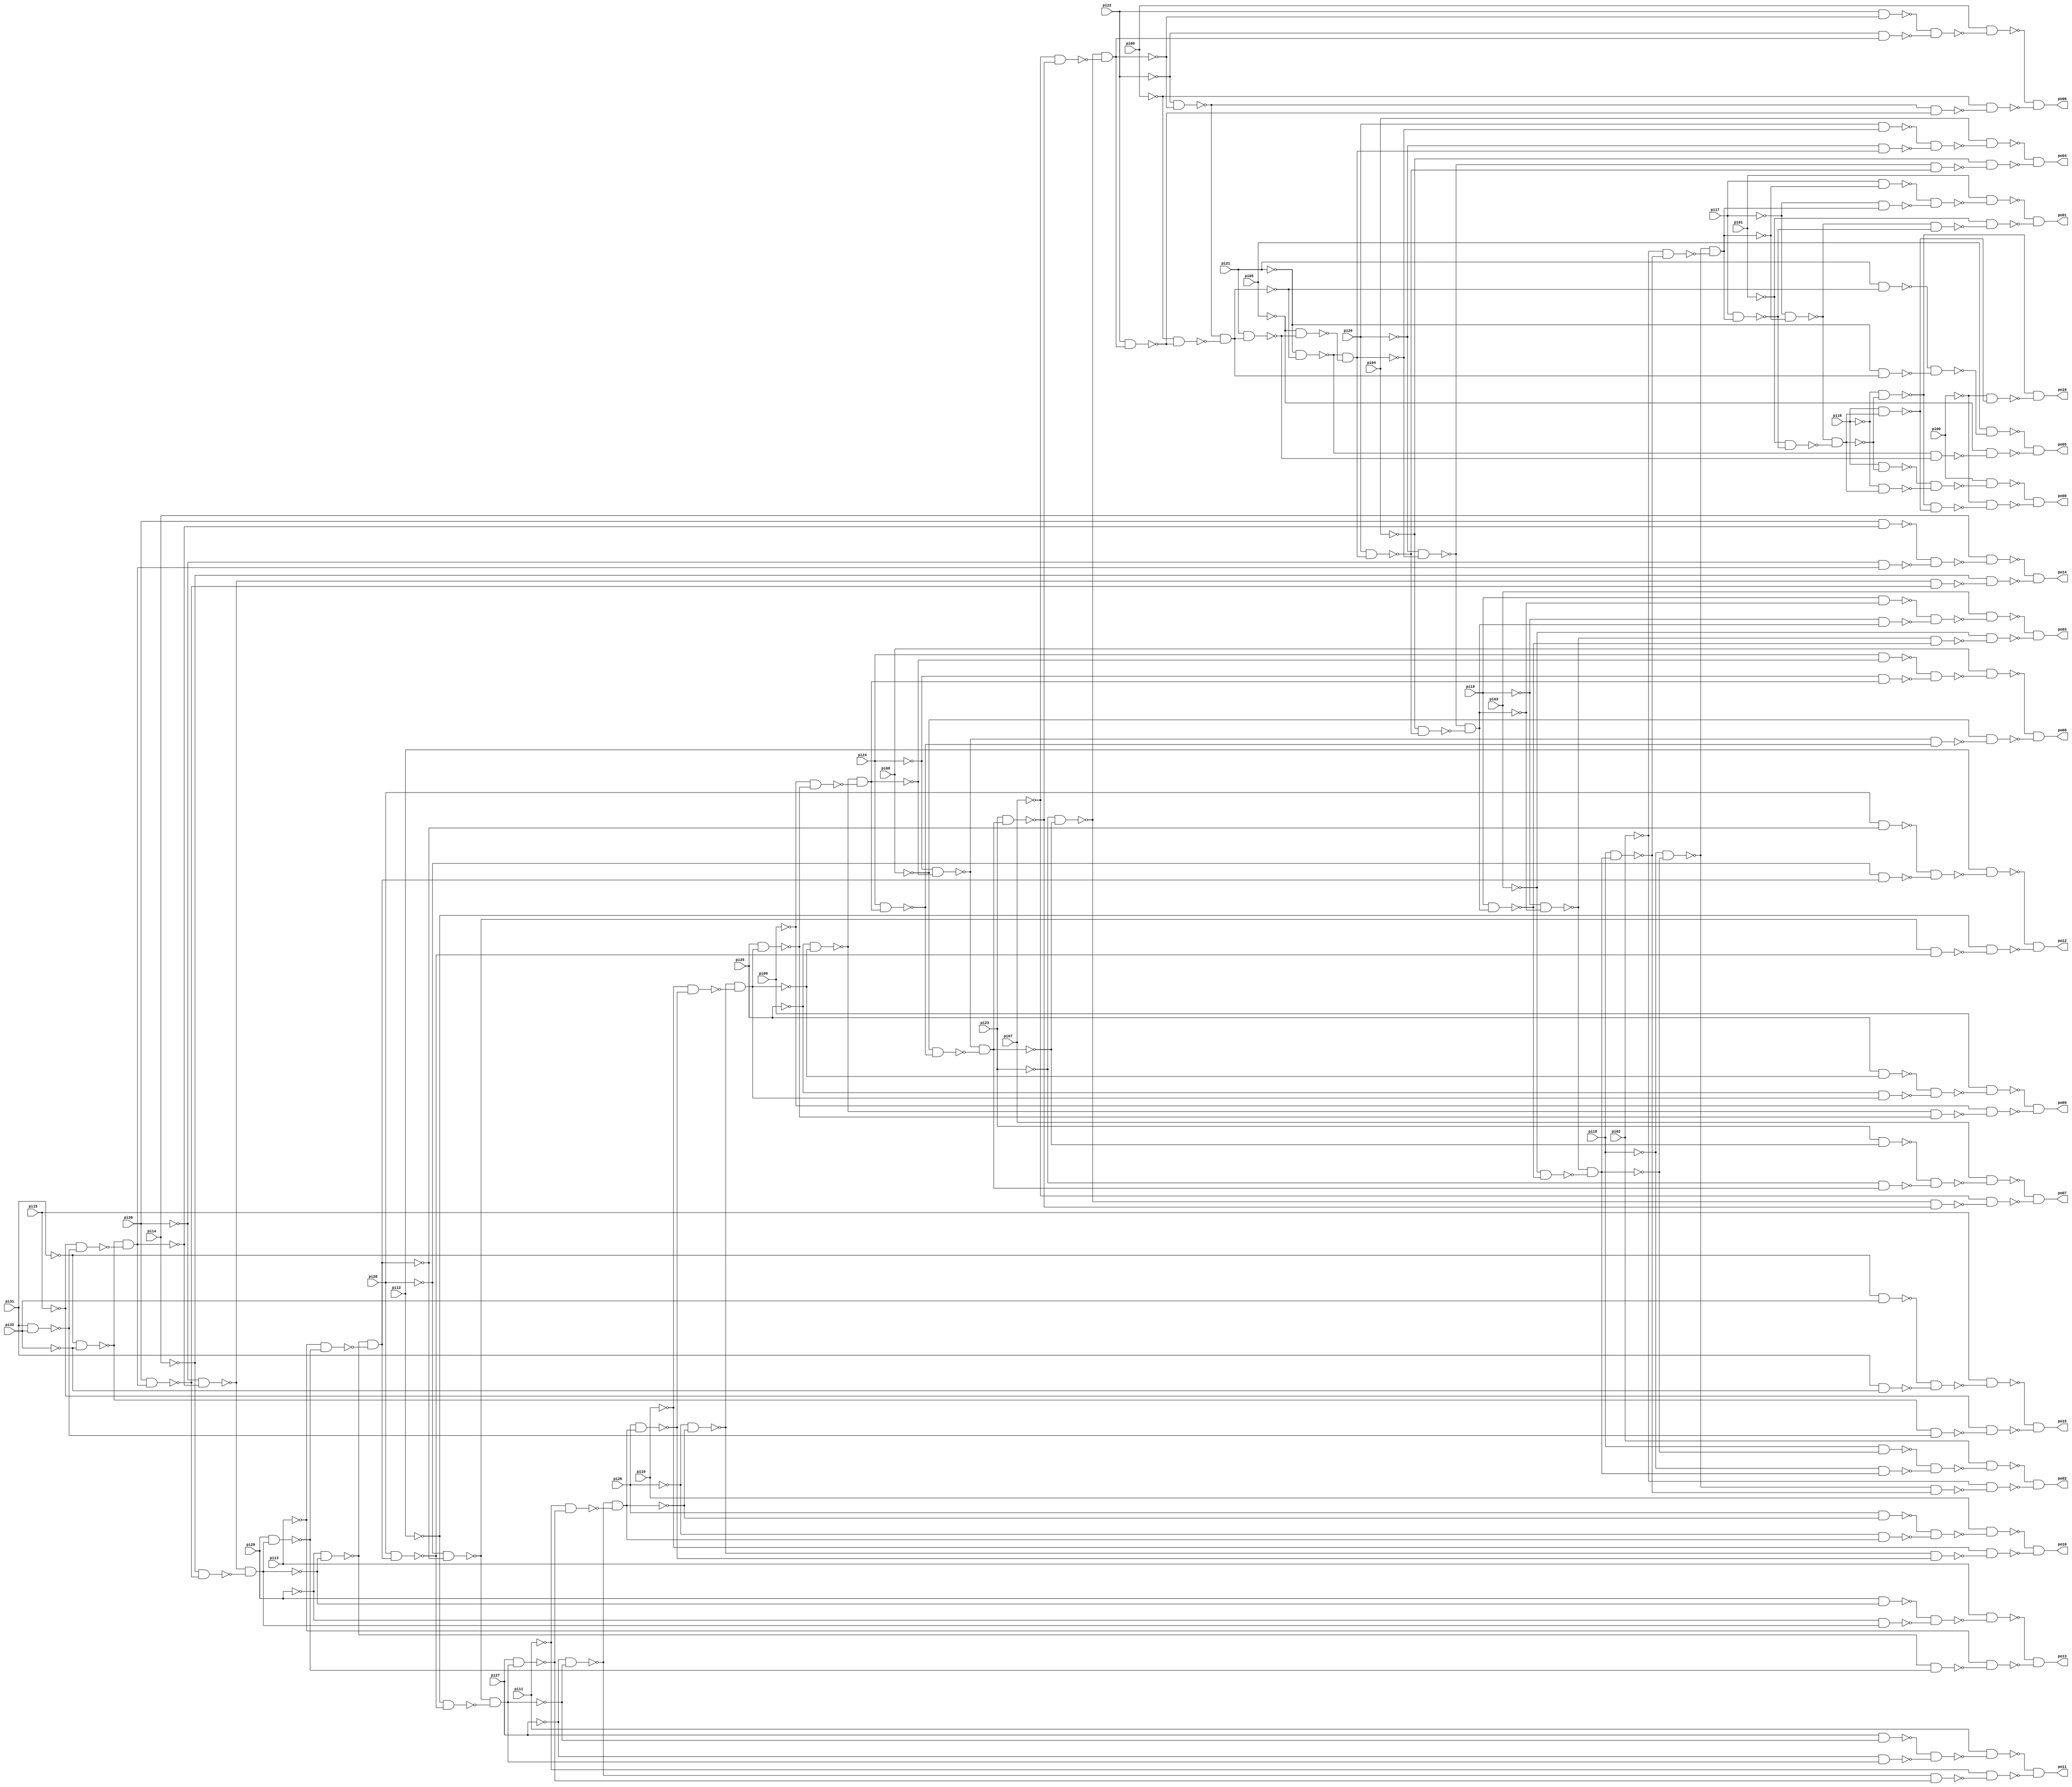
// Benchmark "ADDERFDS" written by ABC on Sun Apr 22 21:43:09 2018

module ADDERFDS ( 
    pi00, pi01, pi02, pi03, pi04, pi05, pi06, pi07, pi08, pi09, pi10, pi11,
    pi12, pi13, pi14, pi15, pi16, pi17, pi18, pi19, pi20, pi21, pi22, pi23,
    pi24, pi25, pi26, pi27, pi28, pi29, pi30, pi31, pi32,
    po00, po01, po02, po03, po04, po05, po06, po07, po08, po09, po10, po11,
    po12, po13, po14, po15, po16  );
  input  pi00, pi01, pi02, pi03, pi04, pi05, pi06, pi07, pi08, pi09,
    pi10, pi11, pi12, pi13, pi14, pi15, pi16, pi17, pi18, pi19, pi20, pi21,
    pi22, pi23, pi24, pi25, pi26, pi27, pi28, pi29, pi30, pi31, pi32;
  output po00, po01, po02, po03, po04, po05, po06, po07, po08, po09, po10,
    po11, po12, po13, po14, po15, po16;
  wire n51, n52, n53, n54, n55, n56, n57, n58, n59, n60, n61, n62, n63, n64,
    n65, n66, n67, n68, n69, n70, n71, n72, n73, n74, n75, n76, n77, n78,
    n79, n80, n81, n82, n83, n84, n85, n86, n87, n88, n89, n90, n91, n92,
    n93, n94, n95, n96, n97, n98, n99, n100, n101, n102, n103, n104, n105,
    n106, n107, n108, n109, n110, n111, n112, n113, n114, n115, n116, n117,
    n118, n120, n121, n122, n123, n124, n125, n127, n128, n129, n130, n131,
    n132, n134, n135, n136, n137, n138, n139, n141, n142, n143, n144, n145,
    n146, n148, n149, n150, n151, n152, n153, n155, n156, n157, n158, n159,
    n160, n162, n163, n164, n165, n166, n167, n169, n170, n171, n172, n173,
    n174, n176, n177, n178, n179, n180, n181, n183, n184, n185, n186, n187,
    n188, n190, n191, n192, n193, n194, n195, n197, n198, n199, n200, n201,
    n202, n204, n205, n206, n207, n208, n209, n211, n212, n213, n214, n215,
    n216, n218, n219, n220, n221, n222, n223, n225;
  assign n51 = ~pi31 & ~pi32;
  assign n52 = pi31 & pi32;
  assign n53 = ~pi15 & ~n52;
  assign n54 = ~n51 & ~n53;
  assign n55 = ~pi30 & ~n54;
  assign n56 = pi30 & n54;
  assign n57 = ~pi14 & ~n56;
  assign n58 = ~n55 & ~n57;
  assign n59 = ~pi29 & ~n58;
  assign n60 = pi29 & n58;
  assign n61 = ~pi13 & ~n60;
  assign n62 = ~n59 & ~n61;
  assign n63 = ~pi28 & ~n62;
  assign n64 = pi28 & n62;
  assign n65 = ~pi12 & ~n64;
  assign n66 = ~n63 & ~n65;
  assign n67 = ~pi27 & ~n66;
  assign n68 = pi27 & n66;
  assign n69 = ~pi11 & ~n68;
  assign n70 = ~n67 & ~n69;
  assign n71 = ~pi26 & ~n70;
  assign n72 = pi26 & n70;
  assign n73 = ~pi10 & ~n72;
  assign n74 = ~n71 & ~n73;
  assign n75 = ~pi25 & ~n74;
  assign n76 = pi25 & n74;
  assign n77 = ~pi09 & ~n76;
  assign n78 = ~n75 & ~n77;
  assign n79 = ~pi24 & ~n78;
  assign n80 = pi24 & n78;
  assign n81 = ~pi08 & ~n80;
  assign n82 = ~n79 & ~n81;
  assign n83 = ~pi23 & ~n82;
  assign n84 = pi23 & n82;
  assign n85 = ~pi07 & ~n84;
  assign n86 = ~n83 & ~n85;
  assign n87 = ~pi22 & ~n86;
  assign n88 = pi22 & n86;
  assign n89 = ~pi06 & ~n88;
  assign n90 = ~n87 & ~n89;
  assign n91 = ~pi21 & ~n90;
  assign n92 = pi21 & n90;
  assign n93 = ~pi05 & ~n92;
  assign n94 = ~n91 & ~n93;
  assign n95 = ~pi20 & ~n94;
  assign n96 = pi20 & n94;
  assign n97 = ~pi04 & ~n96;
  assign n98 = ~n95 & ~n97;
  assign n99 = ~pi19 & ~n98;
  assign n100 = pi19 & n98;
  assign n101 = ~pi03 & ~n100;
  assign n102 = ~n99 & ~n101;
  assign n103 = ~pi18 & ~n102;
  assign n104 = pi18 & n102;
  assign n105 = ~pi02 & ~n104;
  assign n106 = ~n103 & ~n105;
  assign n107 = ~pi17 & ~n106;
  assign n108 = pi17 & n106;
  assign n109 = ~pi01 & ~n108;
  assign n110 = ~n107 & ~n109;
  assign n111 = pi16 & ~n110;
  assign n112 = ~pi16 & n110;
  assign n113 = ~n111 & ~n112;
  assign n114 = pi00 & ~n113;
  assign n115 = ~pi16 & ~n110;
  assign n116 = pi16 & n110;
  assign n117 = ~n115 & ~n116;
  assign n118 = ~pi00 & ~n117;
  assign po00 = ~n114 & ~n118;
  assign n120 = pi17 & ~n106;
  assign n121 = ~pi17 & n106;
  assign n122 = ~n120 & ~n121;
  assign n123 = pi01 & ~n122;
  assign n124 = ~n107 & ~n108;
  assign n125 = ~pi01 & ~n124;
  assign po01 = ~n123 & ~n125;
  assign n127 = pi18 & ~n102;
  assign n128 = ~pi18 & n102;
  assign n129 = ~n127 & ~n128;
  assign n130 = pi02 & ~n129;
  assign n131 = ~n103 & ~n104;
  assign n132 = ~pi02 & ~n131;
  assign po02 = ~n130 & ~n132;
  assign n134 = pi19 & ~n98;
  assign n135 = ~pi19 & n98;
  assign n136 = ~n134 & ~n135;
  assign n137 = pi03 & ~n136;
  assign n138 = ~n99 & ~n100;
  assign n139 = ~pi03 & ~n138;
  assign po03 = ~n137 & ~n139;
  assign n141 = pi20 & ~n94;
  assign n142 = ~pi20 & n94;
  assign n143 = ~n141 & ~n142;
  assign n144 = pi04 & ~n143;
  assign n145 = ~n95 & ~n96;
  assign n146 = ~pi04 & ~n145;
  assign po04 = ~n144 & ~n146;
  assign n148 = pi21 & ~n90;
  assign n149 = ~pi21 & n90;
  assign n150 = ~n148 & ~n149;
  assign n151 = pi05 & ~n150;
  assign n152 = ~n91 & ~n92;
  assign n153 = ~pi05 & ~n152;
  assign po05 = ~n151 & ~n153;
  assign n155 = pi22 & ~n86;
  assign n156 = ~pi22 & n86;
  assign n157 = ~n155 & ~n156;
  assign n158 = pi06 & ~n157;
  assign n159 = ~n87 & ~n88;
  assign n160 = ~pi06 & ~n159;
  assign po06 = ~n158 & ~n160;
  assign n162 = pi23 & ~n82;
  assign n163 = ~pi23 & n82;
  assign n164 = ~n162 & ~n163;
  assign n165 = pi07 & ~n164;
  assign n166 = ~n83 & ~n84;
  assign n167 = ~pi07 & ~n166;
  assign po07 = ~n165 & ~n167;
  assign n169 = pi24 & ~n78;
  assign n170 = ~pi24 & n78;
  assign n171 = ~n169 & ~n170;
  assign n172 = pi08 & ~n171;
  assign n173 = ~n79 & ~n80;
  assign n174 = ~pi08 & ~n173;
  assign po08 = ~n172 & ~n174;
  assign n176 = pi25 & ~n74;
  assign n177 = ~pi25 & n74;
  assign n178 = ~n176 & ~n177;
  assign n179 = pi09 & ~n178;
  assign n180 = ~n75 & ~n76;
  assign n181 = ~pi09 & ~n180;
  assign po09 = ~n179 & ~n181;
  assign n183 = pi26 & ~n70;
  assign n184 = ~pi26 & n70;
  assign n185 = ~n183 & ~n184;
  assign n186 = pi10 & ~n185;
  assign n187 = ~n71 & ~n72;
  assign n188 = ~pi10 & ~n187;
  assign po10 = ~n186 & ~n188;
  assign n190 = pi27 & ~n66;
  assign n191 = ~pi27 & n66;
  assign n192 = ~n190 & ~n191;
  assign n193 = pi11 & ~n192;
  assign n194 = ~n67 & ~n68;
  assign n195 = ~pi11 & ~n194;
  assign po11 = ~n193 & ~n195;
  assign n197 = pi28 & ~n62;
  assign n198 = ~pi28 & n62;
  assign n199 = ~n197 & ~n198;
  assign n200 = pi12 & ~n199;
  assign n201 = ~n63 & ~n64;
  assign n202 = ~pi12 & ~n201;
  assign po12 = ~n200 & ~n202;
  assign n204 = pi29 & ~n58;
  assign n205 = ~pi29 & n58;
  assign n206 = ~n204 & ~n205;
  assign n207 = pi13 & ~n206;
  assign n208 = ~n59 & ~n60;
  assign n209 = ~pi13 & ~n208;
  assign po13 = ~n207 & ~n209;
  assign n211 = pi30 & ~n54;
  assign n212 = ~pi30 & n54;
  assign n213 = ~n211 & ~n212;
  assign n214 = pi14 & ~n213;
  assign n215 = ~n55 & ~n56;
  assign n216 = ~pi14 & ~n215;
  assign po14 = ~n214 & ~n216;
  assign n218 = ~pi31 & pi32;
  assign n219 = pi31 & ~pi32;
  assign n220 = ~n218 & ~n219;
  assign n221 = pi15 & ~n220;
  assign n222 = ~n51 & ~n52;
  assign n223 = ~pi15 & ~n222;
  assign po15 = ~n221 & ~n223;
  assign n225 = ~pi00 & ~n116;
  assign po16 = ~n115 & ~n225;
endmodule